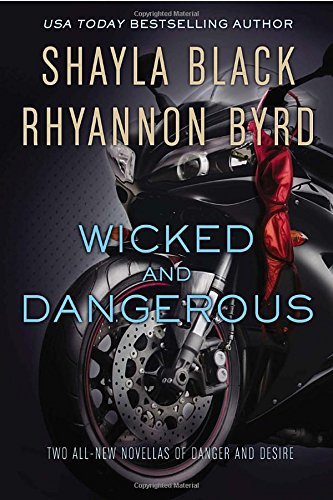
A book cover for Wicked and Dangerous; Shayla Black; Romance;